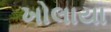
ખોલાયા